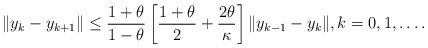
\begin{align*} \|y_k-y_{k+1}\|\leq \frac{1+\theta}{1-\theta}\left[ \frac{1+\theta}{2} +\frac{2\theta}{\kappa}\right]\|y_{k-1}-y_k\|, k=0,1, \ldots.\end{align*}